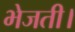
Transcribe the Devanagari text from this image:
भेजती।